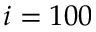
i = 1 0 0